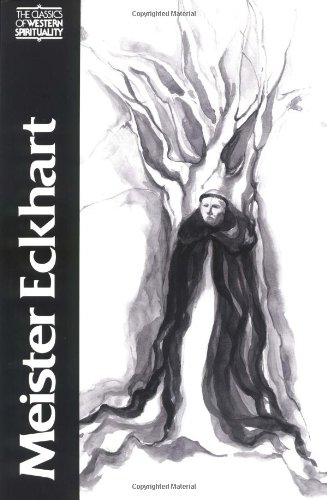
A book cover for Meister Eckhart: The Essential Sermons, Commentaries, Treatises and Defense (Classics of Western Spirituality); Meister Eckhart; Christian Books & Bibles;